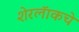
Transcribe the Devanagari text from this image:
शेरलॅाकचे